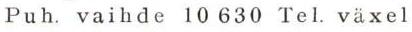
Puh. vaihde 10 630 Tel. växel